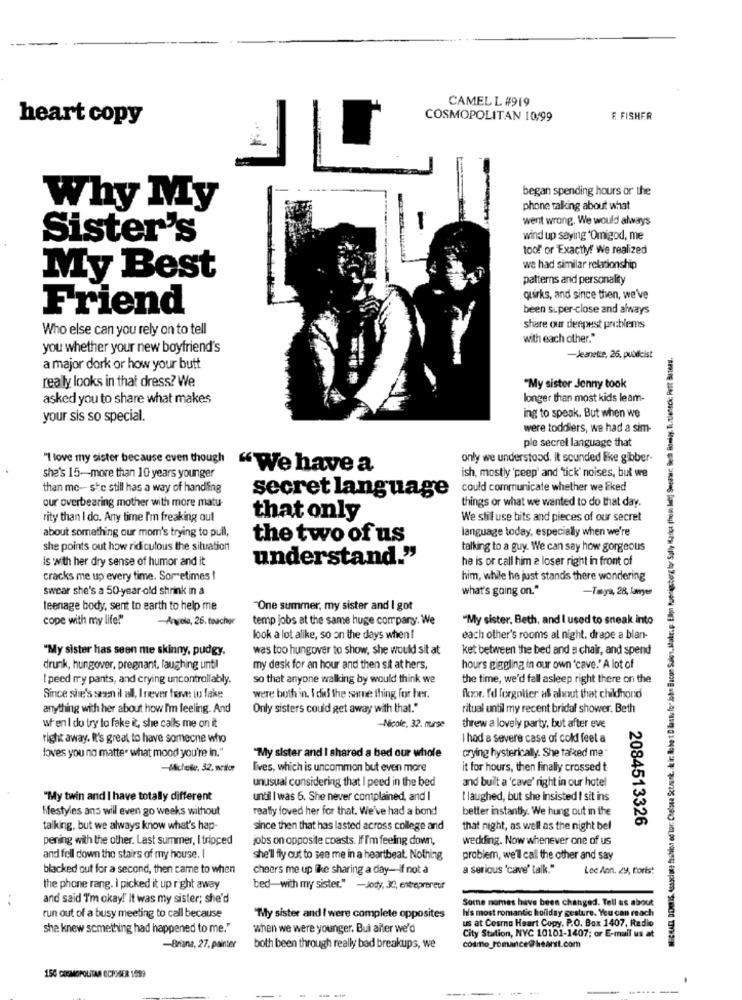
CAMELL #919
heart copy
COSMOPOLITAN 10/99
E FISHER
began spending hours or the
Why My
phone talking about what
went wrong. We would always
Sister's
wind up saying *Omigod, me
toof or Exactly! We realized
we had similar relationship
My Best
patterns and personality
quirks, and since then, we've
Friend
been super-close and always
Who else can you rely on to tell
share our deepest problems
with each other."
you whether your new boyfriend's
MICHAEL DORIS. (associate fashion ed tor: Chelsea Sctank, kir: Is het D lastvlo" John Bacon Suis1. Make:p: Ellen Koenigsberg tor Sally Hladce, (hom la] Sweater: Beth Bowly- Titlentck: Petit Bateau.
Jeanette, 26. publicist
a major dork or how your butt
realy looks in that dress? We
"My sister Jenny took
asked you to share what makes
longer than most kids leam-
your sis so special.
ing to speak. But when we
were toddlers, we had a sim-
ple secret language that
only we understood. It sounded Eke gibber.
"I love my sister because even though "We have a
ish, mostly 'peep' and 'tick' noises, but we
she's 15-more than 10 years younger
than me -- she still has a way of handling
could communicate whether we liked
our overbearing mother with more matu
secret language
things or what we wanted to do that day.
rity than I do. Any time I'm freaking out
that only
We still use bits and pieces of our secret
about something our mom's trying to pull,
language today, especially when we're
the two of us
she points out how ridiculous the situation
talking to a guy. We can say how gorgeous
Is with her dry sense of humor and it
understand."
he is or call him a loser right in front of
cracks me up every time. Sor etimes !
him, while he just stands there wondering
swear she's a 50 year old shrink in a
what's going on."
-Taya, 28, lawyer
teenage body, sent to earth to help me
"One summer, my sister and I got
cope with my life!"
Angola, 26. teacher
temp jobs at the same huge company. We
"My sister, Beth, and I used to sneak into
look a lot alike, so on the days when!
each other's rooms al night, drape a blan-
"My sister has seen me skinny, pudgy,
was too hungover to show, she would sit at
ket between the bed and a chair, and spend
drunk, hungover, pregnant, laughing until
my desk for an hour and then sit at hers.
hours giggling in our own 'cave." A lot of
I peed my pants, and crying uncontrollably.
so that anyone walking by would think we
the time, we'd fall asleep right there on the
Since she's seen il all, I never farve: iu fake
were both in. I did the same thing for her.
iknowr. fd forgolier al about that childhond
anything with her about how I'm feeling. And
Only sisters could get away with that."
ritual until my recent bridal shower. Beth
when I do try to fake it, she calls me on it
-Nicole, 32. nurse
threw a lovely party, but after eve
right away. It's great to have someone who
I had a severe case of cold feet a
crying hysterically. She talked me "
loves you no matter what mood you're in."
"My sister and I shared a bed our whole
lives, which is uncommon but even more
it for hours, then finally crossed t
unusual considering that I peed in the bed
and built a 'cave' right in our hotel
"My twin and I have totally different
until I was 6. She never complained, and I
I laughed, but she insisted I sit ins
lifestyles ans will even go weeks without
really loved her for that. We've had a bond
better instantly. We hung out in the
2084513326
talking, but we always know what's hap-
since then that has lasted across college and
that night, as well as the night bel
pening with the other. Last summer, I tripped
jobs on opposite coasts. If I'm feeling down,
wedding. Now whenever one of us
and fell down the stairs of my house. I
she'll fly out to see me in a heartbeat. Nothing
problem, we'll call the other and say
blacked out for a second, then came to when
cheers me up like sharing a day-if not a
a serious 'cave' talk."
Lee Ann. 29, forts!
the phone rang. I picked it up right away
bed-with my sister." -Jody, 30, entrepreneur
and said I'm okay!' It was my sister; she'd
Somne nomes have been changed. Tell us about
run out of a busy meeting to call because
"Tily sister and I were complete opposites
us at Cosmo Heart Copy, P.O. Box 1407, Radio
h's most romantic holiday gesture. You can reach
she knew something had happened to me."
when we were younger. Bui after we'd
City Station, NYC 10101-1407; or E-mail us at
-Briana, 27, painter
both been through really bad breakups, we
150 COSMOPOLITAN CCPSER 1999